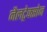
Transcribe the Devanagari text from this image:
नैलट्रेक्सोन